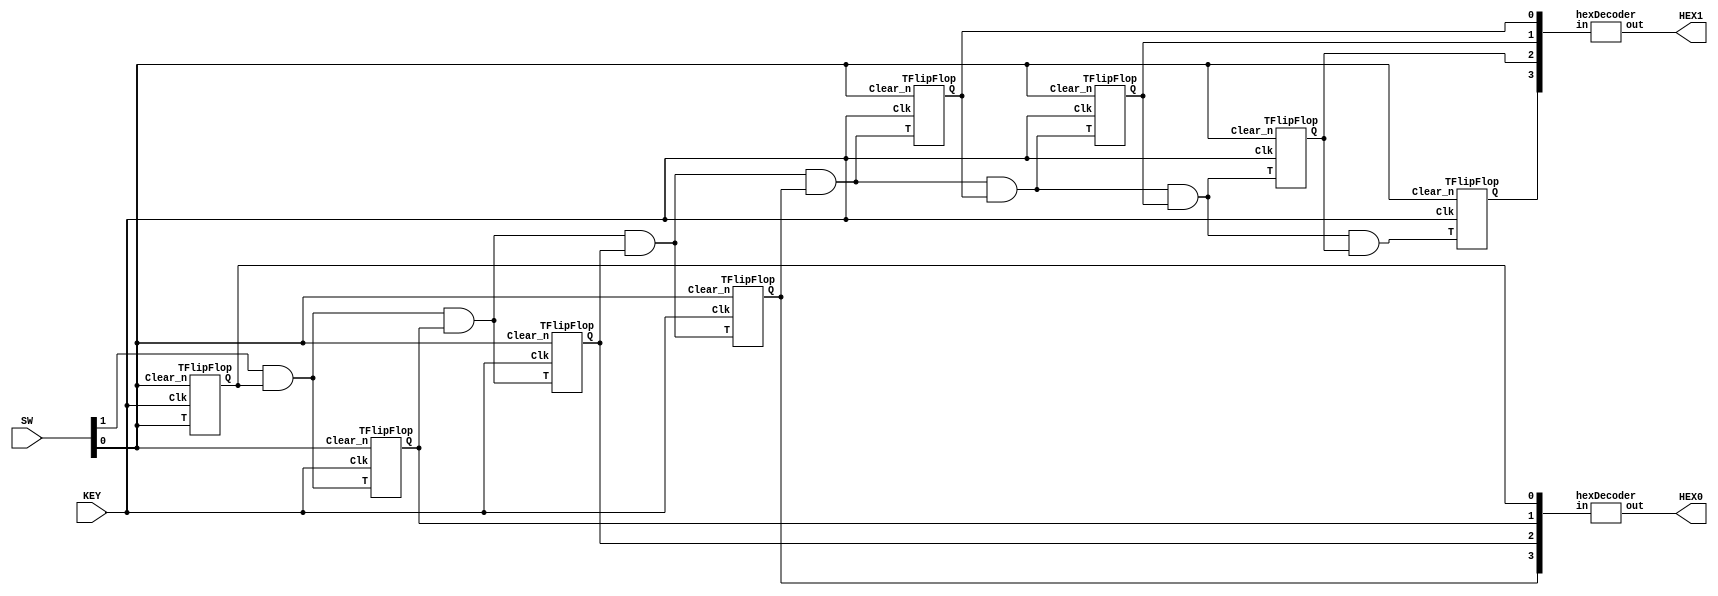
module CounterSynchronus(KEY, SW, HEX0, HEX1);
	input [0:0] KEY;   //Clock.
	input [1:0] SW;    //SW[0] for Clear_b, SW[1] for Enable.
	output [6:0] HEX0; 
	output [6:0] HEX1; 
	wire [7:0] wire8bit;
	wire [6:0] T;
	
	assign T[0] = SW[1] & wire8bit[0];
	assign T[1] = T[0] & wire8bit[1];
	assign T[2] = T[1] & wire8bit[2];
	assign T[3] = T[2] & wire8bit[3];
	assign T[4] = T[3] & wire8bit[4];
	assign T[5] = T[4] & wire8bit[5];
	assign T[6] = T[5] & wire8bit[6];
	
	TFlipFlop TFF0(
		.Clk(KEY[0]), 
		.T(SW[0]), 
		.Q(wire8bit[0]), 
		.Clear_n(SW[0])
	);
	TFlipFlop TFF1(
		.Clk(KEY[0]), 
		.T(T[0]), 
		.Q(wire8bit[1]), 
		.Clear_n(SW[0])
	);
	// I will write in this more compact way
	TFlipFlop TFF2(.Clk(KEY[0]), .T(T[1]), .Q(wire8bit[2]), .Clear_n(SW[0]));
	TFlipFlop TFF3(.Clk(KEY[0]), .T(T[2]), .Q(wire8bit[3]), .Clear_n(SW[0]));
	TFlipFlop TFF4(.Clk(KEY[0]), .T(T[3]), .Q(wire8bit[4]), .Clear_n(SW[0]));
	TFlipFlop TFF5(.Clk(KEY[0]), .T(T[4]), .Q(wire8bit[5]), .Clear_n(SW[0]));
	TFlipFlop TFF6(.Clk(KEY[0]), .T(T[5]), .Q(wire8bit[6]), .Clear_n(SW[0]));
	TFlipFlop TFF7(.Clk(KEY[0]), .T(T[6]), .Q(wire8bit[7]), .Clear_n(SW[0]));

	hexDecoder hex0(
		.in(wire8bit[3:0]), 
		.out(HEX0[6:0])
	);
	hexDecoder hex1(
		.in(wire8bit[7:4]), 
		.out(HEX1[6:0])
	);
endmodule

module TFlipFlop(Clk, T, Clear_n, Q);
	input Clk;
	input T;
	input Clear_n;
	output reg Q;

	always @(posedge Clk, negedge Clear_n)
 	begin
		if (Clear_n == 1'b0)
			Q <= 1'b0;
		else if  (T == 1'b1)
			Q <= ~Q;
	end
endmodule


// rewritten for more compact code
module hexDecoder (in, out);
	input [3:0] in;
	reg [6:0] result;
	output [6:0] out;
	always @(*)
	begin
		case (in[3:0])
			4'b0000: result[6:0] = 7'b1000000;
			4'b0001: result[6:0] = 7'b1111001;
			4'b0010: result[6:0] = 7'b0100100;
			4'b0011: result[6:0] = 7'b0110000;
			4'b0100: result[6:0] = 7'b0011001;
			4'b0101: result[6:0] = 7'b0010010;
			4'b0110: result[6:0] = 7'b0000010;
			4'b0111: result[6:0] = 7'b1111000;
			4'b1000: result[6:0] = 7'b0000000;
			4'b1001: result[6:0] = 7'b0010000;
			4'b1010: result[6:0] = 7'b0001000;
			4'b1011: result[6:0] = 7'b0000011;
			4'b1100: result[6:0] = 7'b1000110;
			4'b1101: result[6:0] = 7'b0100001;
			4'b1110: result[6:0] = 7'b0000110;
			4'b1111: result[6:0] = 7'b0001110;
			default: result[6:0] = 7'b1000000;
		endcase
	end
	assign out[6:0] = result[6:0];
endmodule